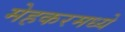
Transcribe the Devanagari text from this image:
मेहकरमध्ये